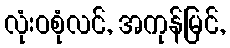
လုံးဝစုံလင်, အကုန်မြင်,